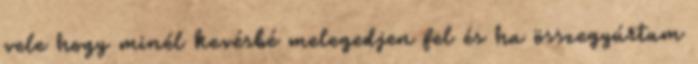
vele hogy minél kevésbé melegedjen fel és ha összegyúrtam